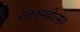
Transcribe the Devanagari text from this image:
शतकमहोत्सव